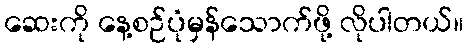
ဆေးကို နေ့စဉ်ပုံမှန်သောက်ဖို့ လိုပါတယ်။